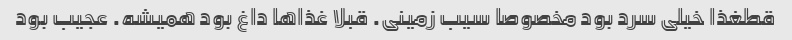
قطغذا خیلی سرد بود مخصوصا سیب زمینی. قبلا غذاها داغ بود همیشه. عجیب بود